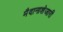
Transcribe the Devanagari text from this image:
मैदानाशेजारी